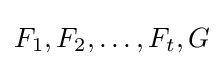
F_{1},F_{2},\ldots ,F_{t},G